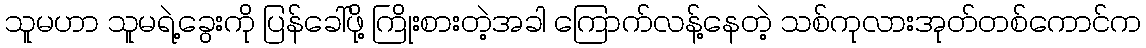
သူမဟာ သူမရဲ့ခွေးကို ပြန်ခေါ်ဖို့ ကြိုးစားတဲ့အခါ ကြောက်လန့်နေတဲ့ သစ်ကုလားအုတ်တစ်ကောင်က